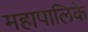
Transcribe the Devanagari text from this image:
महापालिके